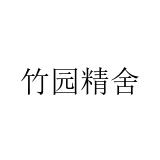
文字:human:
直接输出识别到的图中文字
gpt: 竹园精舍